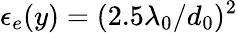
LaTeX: \epsilon_{e}(y)=(2.5\lambda_{0}/d_{0})^{2}